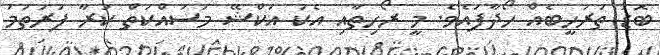
ބޮޑު ތަރުހީބެއް ހޯދާފައެވެ. މީ ރޯހިތާއި އެކު އަކްޝޭ މަސައްކަތް ކުރާ ފުރަތަމަ